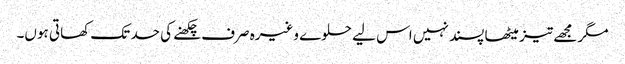
مگر مجھے تیز میٹھا پسند نہیں اس لیے حلوے وغیرہ صرف چکھنے کی حد تک کھاتی ہوں۔